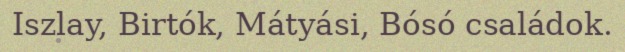
Iszlay, Birtók, Mátyási, Bósó családok.